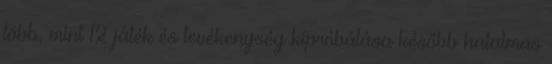
több, mint 12 játék és tevékenység kipróbálása később hatalmas